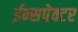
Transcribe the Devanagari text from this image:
ईन्सपेक्टर